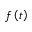
f \left( t \right)